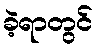
ခဲ့ရာတွင်